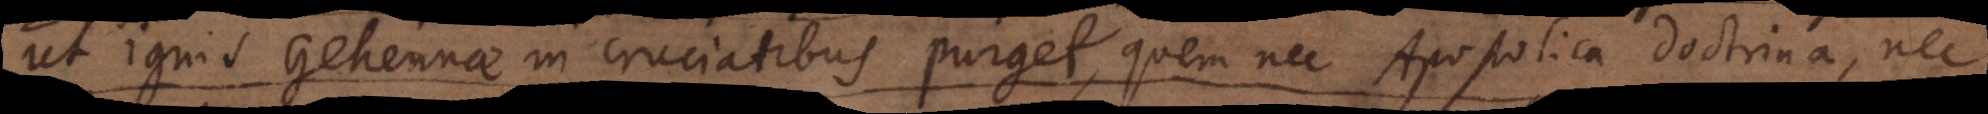
ut ignis Gehennae in cruciatibus purget, quem nec Apostolica doctrina, nec